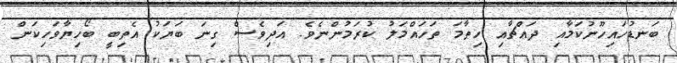
ބަނޑުހައިހޫނުކަމާއި ދައްޗާއި ހިތާމަ ތަހައްމަލު ކުރަމުންނެވެ. އަދިވެސް ގިނަ ބަޔަކު އެތިބީ ބޯހިޔާވަހިކަން